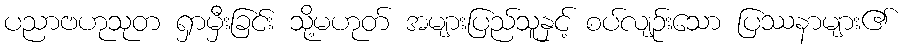
ပညာဗဟုသုတ ရှာမှီးခြင်း သို့မဟုတ် အများပြည်သူနှင့် စပ်လျဉ်းသော ပြဿနာများ၏